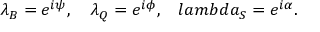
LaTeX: \lambda _ { B } = e ^ { i \psi } , \ \ \ \lambda _ { Q } = e ^ { i \phi } , \ \ \, l a m b d a _ { S } = e ^ { i \alpha } .